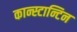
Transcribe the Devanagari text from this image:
कान्स्टान्टिन